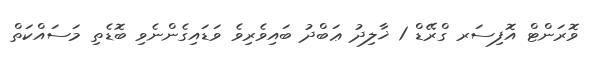
ވޮރަންޓް އޮފިސަރ ގްރޭޑް 1 ޚާލިދު ޢަބްދު ބައިވެރިވެ ވަޑައިގެންނެވި ބޮޑެތި މަސައްކަތް